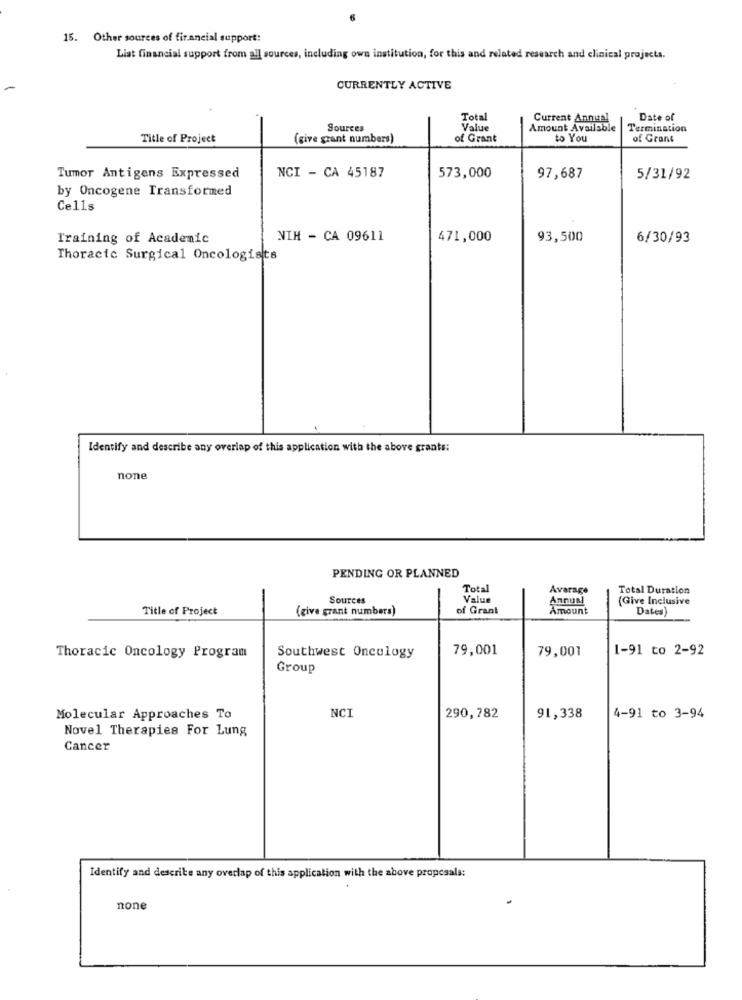
15. Other sources of firancial support:
List financial support from all sources, including own institution, for this and related research and clinical projects.
CURRENTLY ACTIVE
Total
Current Annual
Date of
Sources
Value
Amount Available
Termination
Title of Project
(give grant numbers)
of Grant
to You
of Grans
Tumor Antigens Expressed
NCI - CA 45187
573,000
97,687
5/31/92
by Oncogene Transformed
Cells
Training of Academic
NIH - CA 09611
471,000
93,500
6/30/93
Thoracic Surgical Oncologists
Identify and describe any overlap of this application with the above grants:
none
PENDING OR PLANNED
Total
Avarage
Total Duration
Sources
Value
Annual
(Give Inclusive
Title of Project
(give grant numbers)
of Grant
Amount
Dates)
79,001
79,001
1-91 to 2-92
Thoracic Oncology Program
Southwest Oncology
Group
NCI
Molecular Approaches To
290,782
91,338
4-91 to 3-94
Novel Therapies For Lung
Cancer
Identify and describe any overlap of this application with the above proposals:
none